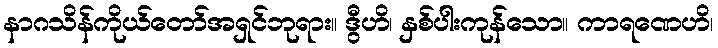
နာဂသိန်ကိုယ်တော်အရှင်ဘုရား။ ဒွီဟိ၊ နှစ်ပါးကုန်သော။ ကာရဏေဟိ၊